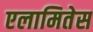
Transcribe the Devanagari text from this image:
एलामितेस